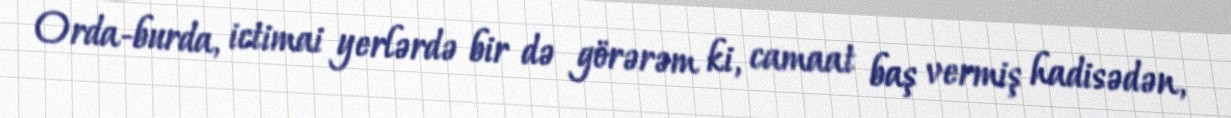
Orda-burda, ictimai yerlərdə bir də görərəm ki, camaat baş vermiş hadisədən,